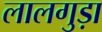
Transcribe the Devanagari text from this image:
लालगुड़ा